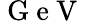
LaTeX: \mathrm{~G~e~V~}